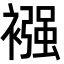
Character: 襁